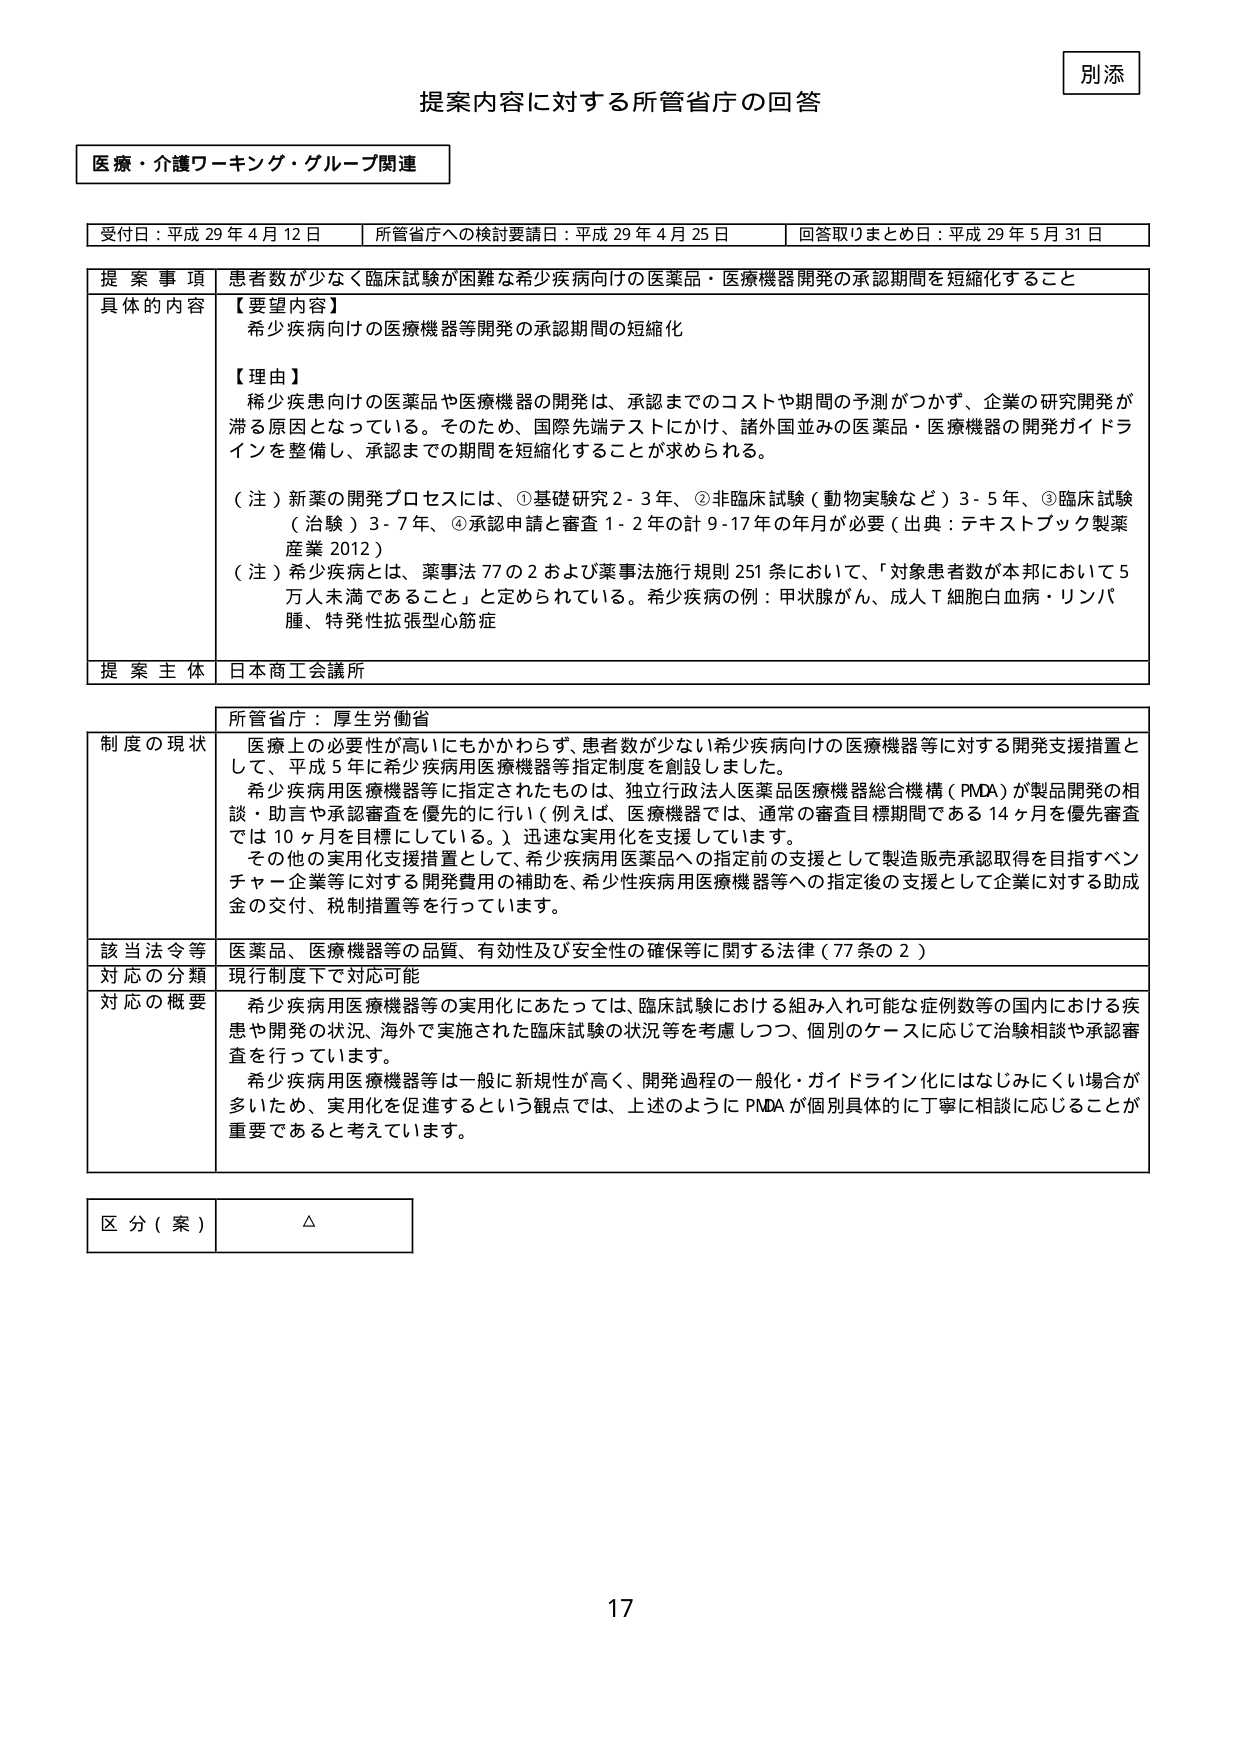
別添
提案内容に対する所管省庁の回答

医療・介護ワーキング・グループ関連

受付日：平成29年4月12日　　所管省庁への検討要請日：平成29年4月25日　　回答取りまとめ日：平成29年5月31日

提案事項　患者数が少なく臨床試験が困難な希少疾病向けの医薬品・医療機器開発の承認期間を短縮化すること

具体的な内容
【要望内容】
希少疾病向けの医療機器等開発の承認期間の短縮化

【理由】
希少疾患向けの医薬品や医療機器の開発は、承認までのコストや期間の予測がつかず、企業の研究開発が滞る原因となっている。そのため、国際先端テストにかけ、諸外国並みの医薬品・医療機器の開発ガイドラインを整備し、承認までの期間を短縮化することが求められる。

（注）新薬の開発プロセスには、①基礎研究2-3年、②非臨床試験（動物実験など）3-5年、③臨床試験（治験）3-7年、④承認申請と審査1-2年の計9-17年の年月が必要（出典：テキストブック製薬産業2012）

（注）希少疾病とは、薬事法77の2および薬事法施行規則251条において、「対象患者数が本邦において5万人未満であること」と定められている。希少疾病の例：甲状腺がん、成人T細胞白血病・リンパ腫、特発性拡張型心筋症

提案主体　日本商工会議所

所管省庁：厚生労働省

制度の現状
医療上の必要性が高いにもかかわらず、患者数が少ない希少疾病向けの医療機器等に対する開発支援措置として、平成5年に希少疾病用医療機器等指定制度を創設しました。
希少疾病用医療機器等に指定されたものは、独立行政法人医薬品医療機器総合機構（PMDA）が製品開発の相談・助言や承認審査を優先的に行い（例えば、医療機器では、通常の審査目標期間である14ヶ月を優先審査では10ヶ月を目標にしている。）、迅速な実用化を支援しています。
その他の実用化支援措置として、希少疾病用医薬品への指定前の支援として製造販売承認取得を目指すベンチャー企業等に対する開発費用の補助を、希少性疾病用医療機器等への指定後の支援として企業に対する助成金の交付、税制措置等を行っています。

該当法令等　医薬品、医療機器等の品質、有効性及び安全性の確保等に関する法律（77条の2）

対応の分類　現行制度下で対応可能

対応の概要
希少疾病用医療機器等の実用化にあたっては、臨床試験における組み入れ可能な症例数等の国内における疾患や開発の状況、海外で実施された臨床試験の状況等を考慮しつつ、個別のケースに応じて治験相談や承認審査を行っています。
希少疾病用医療機器等は一般に新規性が高く、開発過程の一般化・ガイドライン化にはなじみにくい場合が多いため、実用化を促進するという観点では、上述のようにPMDAが個別具体的に丁寧に相談に応じることが重要であると考えています。

区分（案）　△

17